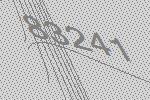
83241